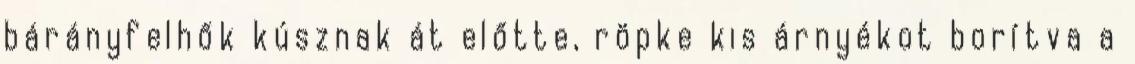
bárányfelhők kúsznak át előtte, röpke kis árnyékot borítva a